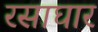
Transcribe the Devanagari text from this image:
रसाघार